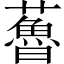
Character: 𧀦